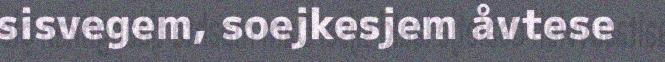
sisvegem, soejkesjem åvtese